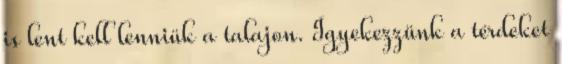
is lent kell lenniük a talajon. Igyekezzünk a térdeket